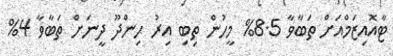
ޓާއޮއިޒަމްއަށް ތަބާވާ 8.5% މީހުން ތިބި އިރު ހިންދޫ ދީނަށް ތަބާވާ 4%